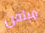
ميلفن